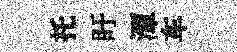
托盱潭车